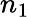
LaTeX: n_{\mathrm{1}}